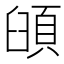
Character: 𩒦